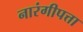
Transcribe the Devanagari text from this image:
नारंगीपत्ता